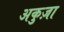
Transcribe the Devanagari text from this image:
अकुज़ा